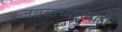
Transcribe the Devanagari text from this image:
जवळच्यांच्याही